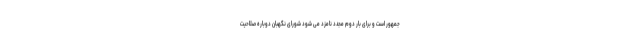
جمهور است و برای بار دوم مجدد نامزد می شود شورای نگهبان دوباره صلاحیت